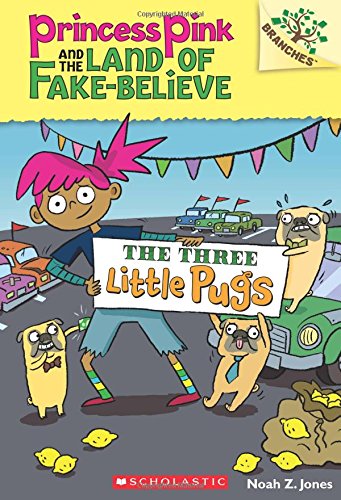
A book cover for The Three Little Pugs: A Branches Book (Princess Pink and the Land of Fake-Believe #3) (Princess Pink and the Land of Fake Believe. Scholastic Branches); Noah Z. Jones; Children's Books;